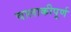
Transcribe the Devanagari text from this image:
चालाकीपूर्ण